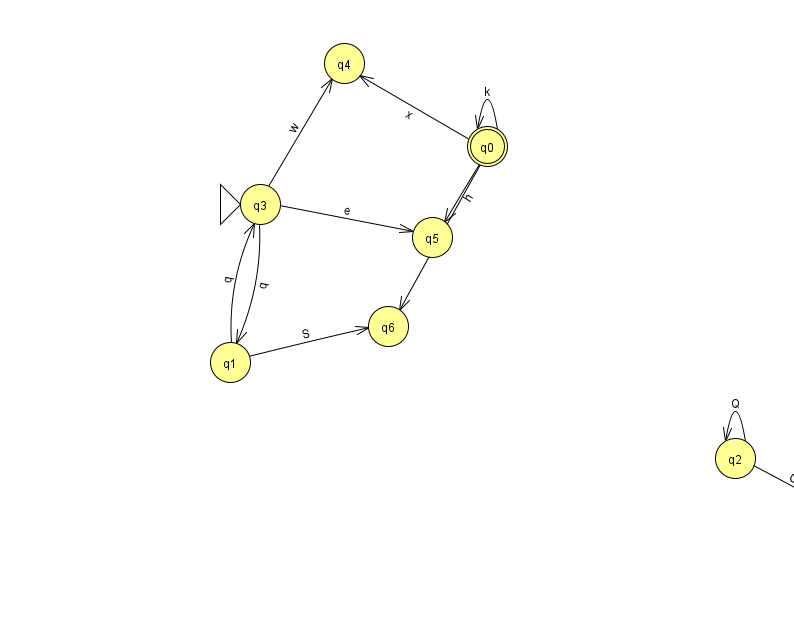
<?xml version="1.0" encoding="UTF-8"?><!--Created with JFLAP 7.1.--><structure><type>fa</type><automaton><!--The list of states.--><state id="0" name="q0"><x>487.0</x><y>133.0</y><final/></state><state id="1" name="q1"><x>230.0</x><y>349.0</y></state><state id="2" name="q2"><x>735.0</x><y>445.0</y></state><state id="3" name="q3"><x>260.0</x><y>191.0</y><initial/></state><state id="4" name="q4"><x>344.0</x><y>50.0</y></state><state id="5" name="q5"><x>432.0</x><y>224.0</y></state><state id="6" name="q6"><x>388.0</x><y>313.0</y></state><state id="7" name="q7"><x>845.0</x><y>504.0</y></state><!--The list of transitions.--><transition><from>2</from><to>2</to><read>Q</read></transition><transition><from>2</from><to>7</to><read>G</read></transition><transition><from>1</from><to>3</to><read>q</read></transition><transition><from>3</from><to>1</to><read>q</read></transition><transition><from>0</from><to>4</to><read>x</read></transition><transition><from>0</from><to>5</to><read>h</read></transition><transition><from>1</from><to>6</to><read>S</read></transition><transition><from>3</from><to>5</to><read>e</read></transition><transition><from>0</from><to>0</to><read>k</read></transition><transition><from>0</from><to>6</to><read>W</read></transition><transition><from>3</from><to>4</to><read>w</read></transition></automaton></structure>